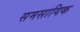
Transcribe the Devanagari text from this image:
समसायिक